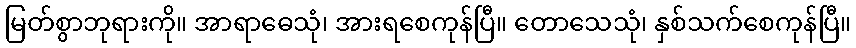
မြတ်စွာဘုရားကို။ အာရာဓေသုံ၊ အားရစေကုန်ပြီ။ တောသေသုံ၊ နှစ်သက်စေကုန်ပြီ။